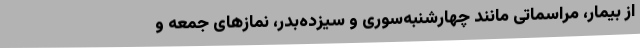
از بیمار، مراسماتی مانند چهارشنبه‌سوری و سیزده‌بدر، نمازهای جمعه و